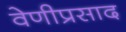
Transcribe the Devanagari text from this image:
वेणीप्रसाद